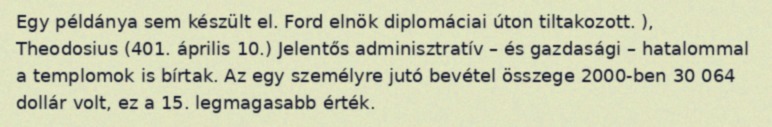
Egy példánya sem készült el. Ford elnök diplomáciai úton tiltakozott. ), Theodosius (401. április 10.) Jelentős adminisztratív – és gazdasági – hatalommal a templomok is bírtak. Az egy személyre jutó bevétel összege 2000-ben 30 064 dollár volt, ez a 15. legmagasabb érték.